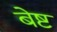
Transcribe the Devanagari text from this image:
बेष्ट